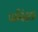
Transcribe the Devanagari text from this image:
परनिंदक